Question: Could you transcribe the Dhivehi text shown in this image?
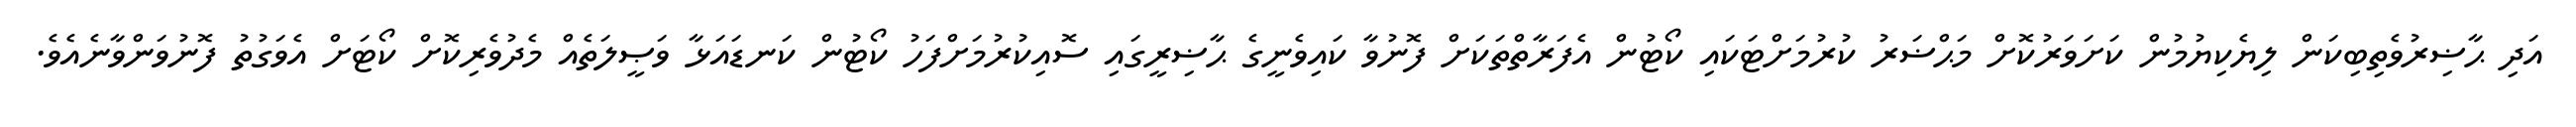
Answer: އަދި ޙާޟިރުވެތިބިކަން ލިޔެކިޔުމުން ކަށަވަރުކޮށް މަޙްޟަރު ކުރުމަށްޓަކައި ކޯޓުން އެފަރާތްތަކަށް ފޮނުވާ ކައިވެނީގެ ޙާޟިރީގައި ސޮއިކުރުމަށްފަހު ކޯޓުން ކަނޑައަޅާ ވަޞީލަތެއް މެދުވެރިކޮށް ކޯޓަށް އެވަގުތު ފޮނުވަންވާނެއެވެ.